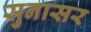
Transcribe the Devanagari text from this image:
सुनासर